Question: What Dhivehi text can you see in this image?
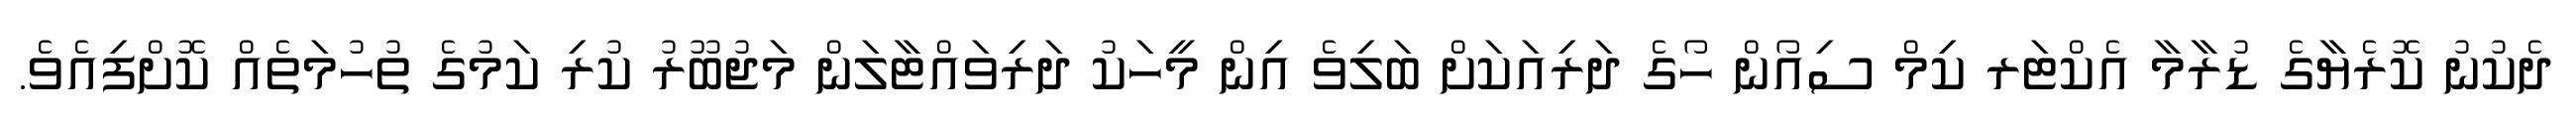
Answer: ދެކުނު ކޮރެޔާގެ ޑުރާމާ އެކްޓަރ ކިމް ސިއޯން ހޯގެ ދަރިއަކަށް ބަލިވެ އިން މީހަކު ދަރިވައްޓާލަން މަޖުބޫރު ކުރި ކަމުގެ ތުހުމަތެއް ކޮށްފިއެވެ.